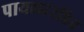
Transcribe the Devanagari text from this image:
पायलटरहित